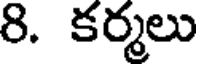
8. కర్మలు